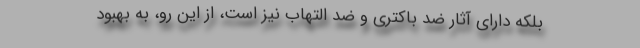
بلکه دارای آثار ضد باکتری و ضد التهاب نیز است، از این رو، به بهبود